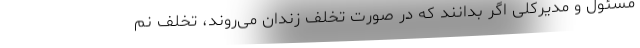
مسئول و مدیرکلی اگر بدانند که در صورت تخلف زندان می‌روند، تخلف نم